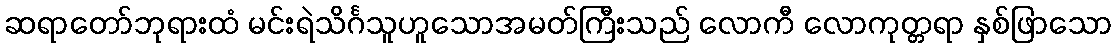
ဆရာတော်ဘုရားထံ မင်းရဲသိင်္ဂသူဟူသောအမတ်ကြီးသည် လောကီ လောကုတ္တရာ နှစ်ဖြာသော